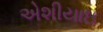
એશીયાઇ